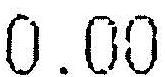
0.00